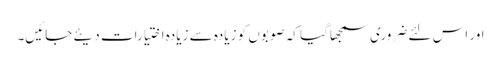
اور اس لئے ضروری سمجھا گیا کہ صوبوں کو زیادہ سے زیادہ اختیارات دیئے جائیں۔